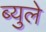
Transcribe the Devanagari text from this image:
ब्युले